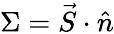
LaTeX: \Sigma=\vec{S}\cdot\hat{n}